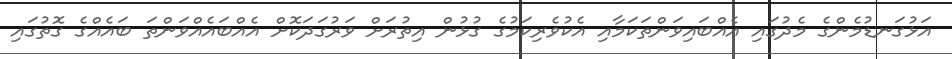
އަޅުގަނޑުމެންގެ މެދުގައި އެއްބައިވަންތަކަމާއި އެކުވެރިކަމުގެ ގުޅުން އިތުރަށް ވަރުގަދަކޮށް އެއްބައެއްވަންތަ ބައެއްގެ ގޮތުގައި